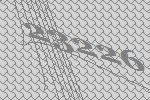
23226